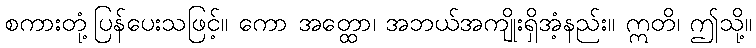
စကားတုံ့ပြန်ပေးသဖြင့်။ ကော အတ္ထော၊ အဘယ်အကျိုးရှိအံ့နည်း။ ဣတိ၊ ဤသို့။